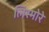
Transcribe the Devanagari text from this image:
लिस्मोरे